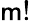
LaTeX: \mathsf{m}!